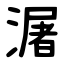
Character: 潳